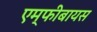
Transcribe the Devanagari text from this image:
एम्फीबायस